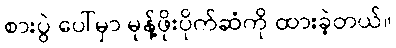
စားပွဲ ပေါ်မှာ မုန့်ဖိုးပိုက်ဆံကို ထားခဲ့တယ်။